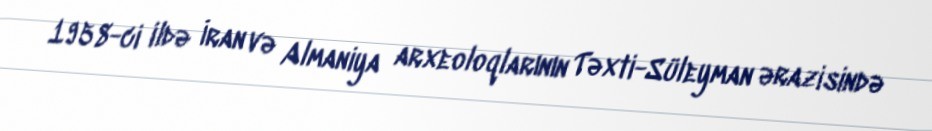
1958-ci ildə İran və Almaniya arxeoloqlarının Təxti-Süleyman ərazisində